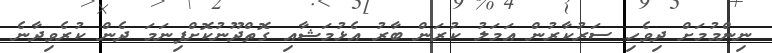
ނިންމުމަށް ދިވެހި ސަރުކާރުން އަމަލު ކުރަން ބާރު އެޅުމަޝާއި ގޮތްދޫނުކޮށްފިނަމަ ދެން ކުރެވިދާނެ